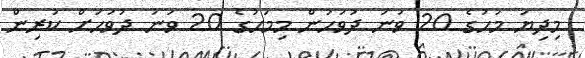
މިދިޔަ މަހުގެ 20 ވަނަ ދުވަހުން މިމަހުގެ 20 ވަނަ ދުވަހަށް ކުރިން